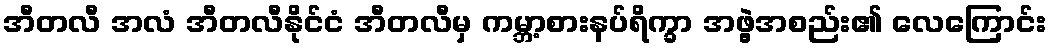
အီတလီ အလံ အီတလီနိုင်ငံ အီတလီမှ ကမ္ဘာ့စားနပ်ရိက္ခာ အဖွဲ့အစည်း၏ လေကြောင်း